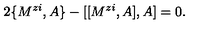
2 \{ M ^ { z i } , A \} - [ [ M ^ { z i } , A ] , A ] = 0 .